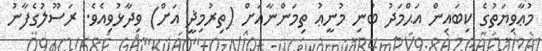
މުޢާވިޔަތުގެ ކިބައިން އަޙްމަދު ބުނި މުނީޢު ތިމަންނާއަށް (ތިރުމިޛީ އަށް) ވިދާޅުވިއެވެ. ރަސޫލުގެފާނު